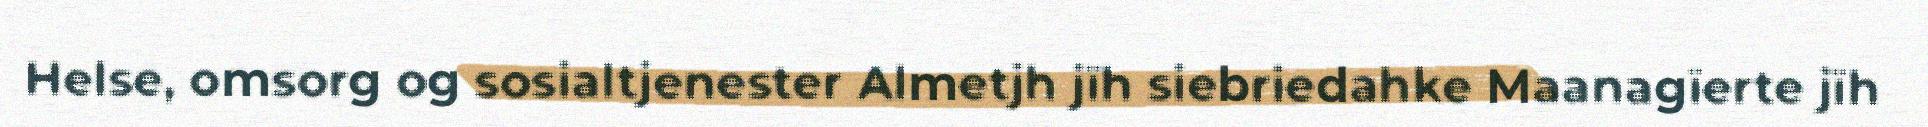
Helse, omsorg og sosialtjenester Almetjh jïh siebriedahke Maanagïerte jïh